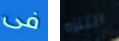
فى التنزه